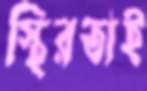
স্থিরতাই